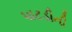
પાટડીની